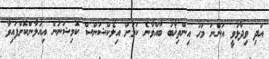
އަދި ވިދާޅުވީ އަންނަ މަހު އިންތިޚާބު ބާއްވާނެ ކަމަށް އިލެކްޝަންސް ކޮމިޝަނުން އިއުލާންކޮށްފައިވާ